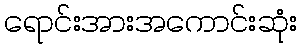
ရောင်းအားအကောင်းဆုံး